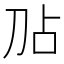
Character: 𫥸